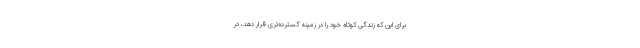
برای این که زندگی کوتاه خود را در زمینهٔ گسترده‌تری قرار دهد، در